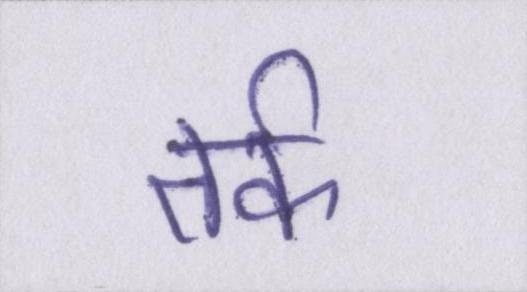
तर्क